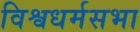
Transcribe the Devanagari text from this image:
विश्वधर्मसभा